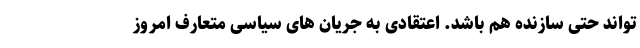
تواند حتی سازنده هم باشد. اعتقادی به جریان های سیاسی متعارف امروز